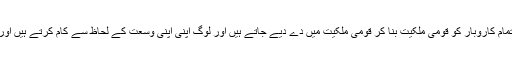
قومی ملکیت کے نظریہ کے تحت اسٹیٹ کے تمام کاروبار کو قومی ملکیت بنا کر قومی ملکیت میں دے دیے جاتے ہیں اور لوگ اپنی اپنی وسعت کے لحاظ سے کام کرتے ہیں اور پھر اس قومی ملکیت سے اپنا حصہ پاتے ہیں۔